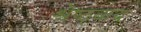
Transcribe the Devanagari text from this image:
श्रेष्ठ्वाद